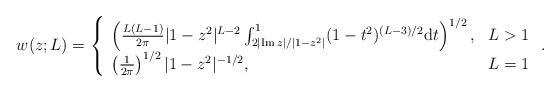
LaTeX: \begin{align*}w(z;L)=\left\{\begin{array}{ll}\left(\frac{L(L-1)}{2\pi}|1-z^2|^{L-2}\int_{2|\mathrm{Im}\,z|/|1-z^2|}^1(1-t^2)^{(L-3)/2}\mathrm{d}t\right)^{1/2},&L>1\\\left(\frac{1}{2\pi}\right)^{1/2}|1-z^2|^{-1/2},&L=1\end{array}\right. .\end{align*}